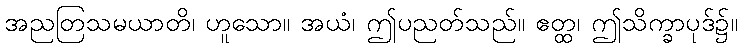
အညတြသမယာတိ၊ ဟူသော။ အယံ၊ ဤပညတ်သည်။ ဧတ္ထ၊ ဤသိက္ခာပုဒ်၌။